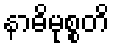
နာဓိမုစ္စတိ